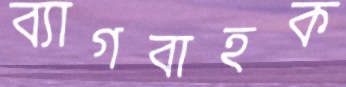
ব্যাগবাহক